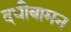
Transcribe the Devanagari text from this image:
दधीबामन